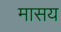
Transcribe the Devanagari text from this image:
मासय